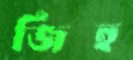
জিহ